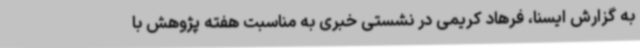
به گزارش ایسنا، فرهاد کریمی در نشستی خبری به مناسبت هفته پژوهش با